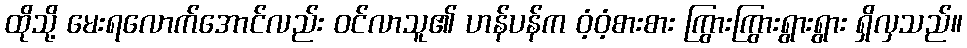
ထိုသို့ မေးရလောက်အောင်လည်း ဝင်လာသူ၏ ဟန်ပန်က ဝံ့ဝံ့စားစား ကြွားကြွားရွားရွား ရှိလှသည်။